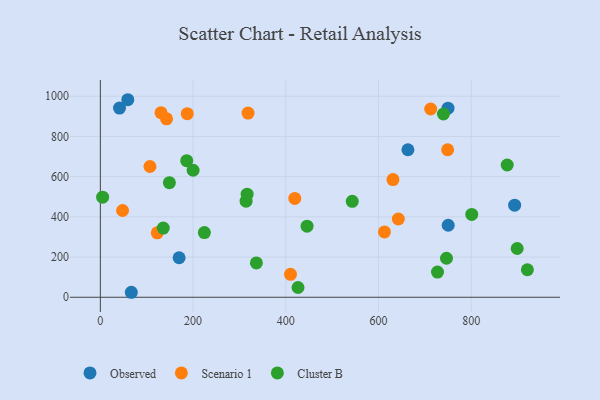
{"axis": {"x": "Investment", "y": "Demand"}, "legend": ["Cluster B", "Observed", "Scenario 1"], "data": [{"x": "169.9", "y": 196.7, "type": "Observed"}, {"x": "750.0", "y": 940.7, "type": "Observed"}, {"x": "59.2", "y": 982.9, "type": "Observed"}, {"x": "66.8", "y": 24.8, "type": "Observed"}, {"x": "893.7", "y": 458.2, "type": "Observed"}, {"x": "750.4", "y": 358.4, "type": "Observed"}, {"x": "663.5", "y": 734.1, "type": "Observed"}, {"x": "41.3", "y": 941.5, "type": "Observed"}, {"x": "642.8", "y": 389.5, "type": "Scenario 1"}, {"x": "122.8", "y": 320.5, "type": "Scenario 1"}, {"x": "410.2", "y": 114.0, "type": "Scenario 1"}, {"x": "612.9", "y": 325.3, "type": "Scenario 1"}, {"x": "631.2", "y": 585.8, "type": "Scenario 1"}, {"x": "142.8", "y": 887.8, "type": "Scenario 1"}, {"x": "107.0", "y": 650.6, "type": "Scenario 1"}, {"x": "712.6", "y": 936.7, "type": "Scenario 1"}, {"x": "130.9", "y": 918.3, "type": "Scenario 1"}, {"x": "419.4", "y": 491.8, "type": "Scenario 1"}, {"x": "318.6", "y": 916.3, "type": "Scenario 1"}, {"x": "749.2", "y": 734.1, "type": "Scenario 1"}, {"x": "187.5", "y": 913.3, "type": "Scenario 1"}, {"x": "47.9", "y": 431.8, "type": "Scenario 1"}, {"x": "186.3", "y": 679.5, "type": "Cluster B"}, {"x": "336.6", "y": 170.8, "type": "Cluster B"}, {"x": "4.9", "y": 497.8, "type": "Cluster B"}, {"x": "148.9", "y": 570.4, "type": "Cluster B"}, {"x": "921.2", "y": 136.9, "type": "Cluster B"}, {"x": "746.7", "y": 194.0, "type": "Cluster B"}, {"x": "316.6", "y": 512.9, "type": "Cluster B"}, {"x": "224.4", "y": 321.8, "type": "Cluster B"}, {"x": "135.7", "y": 344.1, "type": "Cluster B"}, {"x": "801.2", "y": 412.1, "type": "Cluster B"}, {"x": "543.4", "y": 477.4, "type": "Cluster B"}, {"x": "200.1", "y": 631.9, "type": "Cluster B"}, {"x": "740.1", "y": 911.8, "type": "Cluster B"}, {"x": "445.9", "y": 353.8, "type": "Cluster B"}, {"x": "877.7", "y": 658.2, "type": "Cluster B"}, {"x": "314.4", "y": 478.2, "type": "Cluster B"}, {"x": "426.4", "y": 48.6, "type": "Cluster B"}, {"x": "727.3", "y": 125.2, "type": "Cluster B"}, {"x": "899.2", "y": 242.6, "type": "Cluster B"}]}